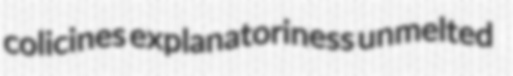
colicines explanatoriness unmelted